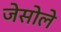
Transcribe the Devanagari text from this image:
जेसोले